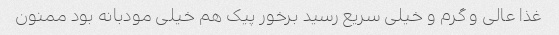
غذا عالی و گرم و خیلی سریع رسید برخور پیک هم خیلی مودبانه بود ممنون